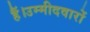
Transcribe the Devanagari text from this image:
हैं।उम्मीदवारों